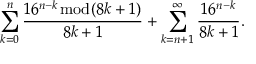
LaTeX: \sum _ { k = 0 } ^ { n } { \frac { 1 6 ^ { n - k } { \bmod { ( } } 8 k + 1 ) } { 8 k + 1 } } + \sum _ { k = n + 1 } ^ { \infty } { \frac { 1 6 ^ { n - k } } { 8 k + 1 } } .